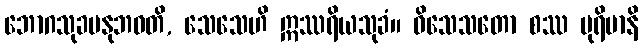
ဘောဂသုခမနုဘဝတိ, သေသေဟိ ဣဿရိယသုခံ။ ဝိသေသတော စဿ ပုရိမာနိ